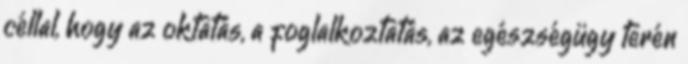
céllal, hogy az oktatás, a foglalkoztatás, az egészségügy terén